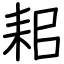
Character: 耜